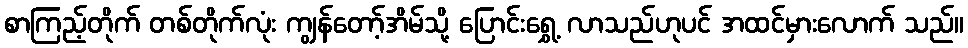
စာကြည့်တိုက် တစ်တိုက်လုံး ကျွန်တော့်အိမ်သို့ ပြောင်းရွှေ့ လာသည်ဟုပင် အထင်မှားလောက် သည်။